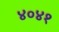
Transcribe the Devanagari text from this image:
४०४१